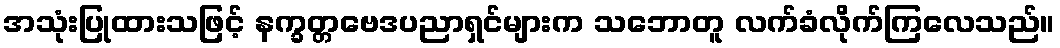
အသုံးပြုထားသဖြင့် နက္ခတ္တဗေဒပညာရှင်များက သဘောတူ လက်ခံလိုက်ကြလေသည်။